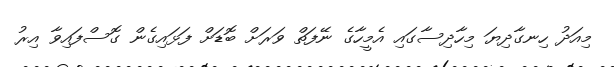
މިއަދު ހިނގާދިޔަ މިހާދިސާގައި އެމީހާގެ ނޭފަތް ވަރަށް ބޮޑަށް ފަޅައިގެން ގޮސްފައިވާ އިރު